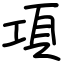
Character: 項